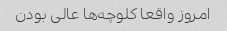
امروز واقعا کلوچه‌ها عالی بودن